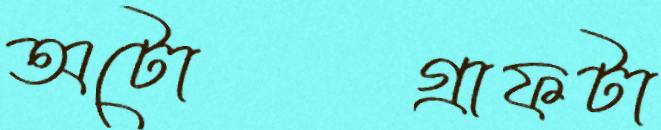
অটোগ্রাফটা